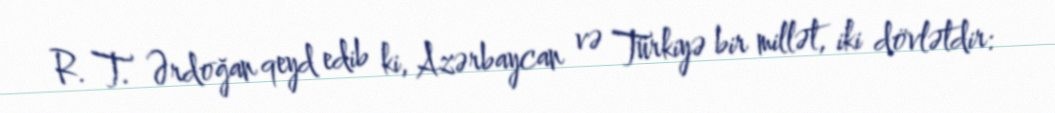
R. T. Ərdoğan qeyd edib ki, Azərbaycan və Türkiyə bir millət, iki dövlətdir: